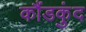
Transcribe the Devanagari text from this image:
कौंडकुंद